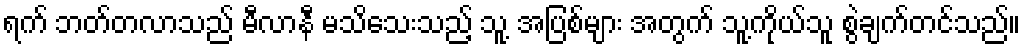
ရက် ဘတ်တလာသည် မီလာနီ မသိသေးသည့် သူ့ အပြစ်များ အတွက် သူ့ကိုယ်သူ စွဲချက်တင်သည်။